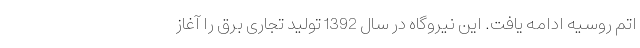
اتم روسیه ادامه یافت. این نیروگاه در سال 1392 تولید تجاری برق را آغاز